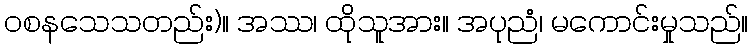
ဝစနသေသတည်း)။ အဿ၊ ထိုသူအား။ အပုညံ၊ မကောင်းမှုသည်။